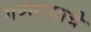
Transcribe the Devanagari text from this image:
गणरायाचे